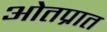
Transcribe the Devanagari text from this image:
ओतप्रात